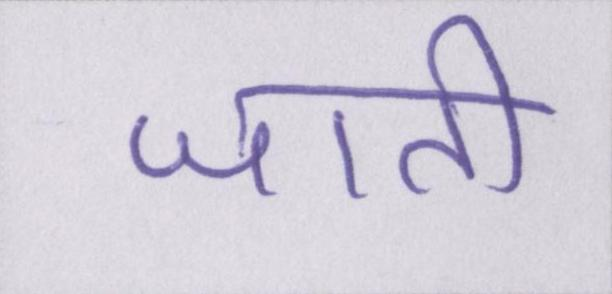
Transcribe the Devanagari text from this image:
जाती